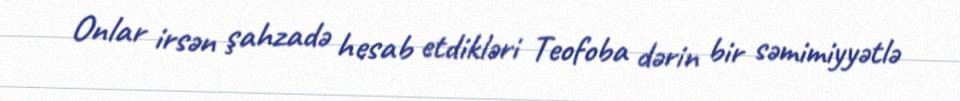
Onlar irsən şahzadə hesab etdikləri Teofoba dərin bir səmimiyyətlə